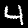
Digit: 4